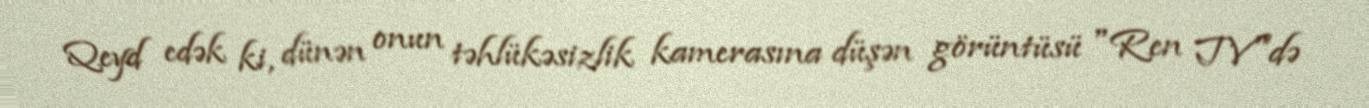
Qeyd edək ki, dünən onun təhlükəsizlik kamerasına düşən görüntüsü "Ren TV"də